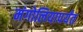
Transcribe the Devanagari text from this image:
मंगोलियापर्यंत